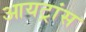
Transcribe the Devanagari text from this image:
आयट्रांस